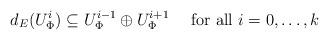
LaTeX: \begin{align*}d_E(U^i_\Phi)\subseteq U^{i-1}_\Phi\oplus U_\Phi^{i+1} \quad\textrm{ for all } i=0,\ldots,k \end{align*}